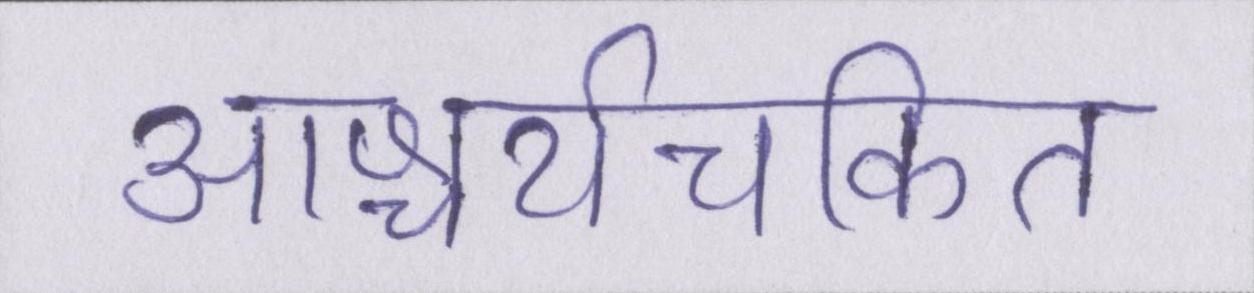
आश्चर्यचकित